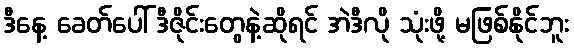
ဒီနေ့ ခေတ်ပေါ် ဒီဇိုင်းတွေနဲ့ဆိုရင် အဲဒီလို သုံးဖို့ မဖြစ်နိုင်ဘူး